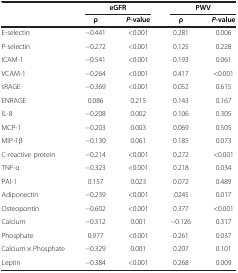
<table><thead><tr><td>[EMPTY_CELL]</td><td colspan="2"><b>eGFR</b></td><td colspan="2"><b>PWV</b></td></tr><tr><td>[EMPTY_CELL]</td><td><b>ρ</b></td><td><b><i>P</i>-value</b></td><td><b>ρ</b></td><td><b><i>P</i>-value</b></td></tr></thead><tbody><tr><td>E-selectin</td><td>−0.441</td><td>&lt;0.001</td><td>0.281</td><td>0.006</td></tr><tr><td>P-selectin</td><td>−0.272</td><td>&lt;0.001</td><td>0.125</td><td>0.228</td></tr><tr><td>ICAM-1</td><td>−0.541</td><td>&lt;0.001</td><td>0.193</td><td>0.061</td></tr><tr><td>VCAM-1</td><td>−0.264</td><td>&lt;0.001</td><td>0.417</td><td>&lt;0.001</td></tr><tr><td>sRAGE</td><td>−0.369</td><td>&lt;0.001</td><td>0.052</td><td>0.615</td></tr><tr><td>ENRAGE</td><td>0.086</td><td>0.215</td><td>0.143</td><td>0.167</td></tr><tr><td>IL-8</td><td>−0.208</td><td>0.002</td><td>0.106</td><td>0.305</td></tr><tr><td>MCP-1</td><td>−0.203</td><td>0.003</td><td>0.069</td><td>0.505</td></tr><tr><td>MIP-1β</td><td>−0.130</td><td>0.061</td><td>0.185</td><td>0.073</td></tr><tr><td>C-reactive protein</td><td>−0.214</td><td>&lt;0.001</td><td>0.272</td><td>&lt;0.001</td></tr><tr><td>TNF-α</td><td>−0.323</td><td>&lt;0.001</td><td>0.218</td><td>0.034</td></tr><tr><td>PAI-1</td><td>0.157</td><td>0.023</td><td>0.072</td><td>0.489</td></tr><tr><td>Adiponectin</td><td>−0.239</td><td>&lt;0.001</td><td>.0245</td><td>0.017</td></tr><tr><td>Osteopontin</td><td>−0.602</td><td>&lt;0.001</td><td>0.377</td><td>&lt;0.001</td></tr><tr><td>Calcium</td><td>−0.312</td><td>0.001</td><td>−0.126</td><td>0.317</td></tr><tr><td>Phosphate</td><td>0.977</td><td>&lt;0.001</td><td>0.261</td><td>0.037</td></tr><tr><td>Calcium × Phosphate</td><td>−0.329</td><td>0.001</td><td>0.207</td><td>0.101</td></tr><tr><td>Leptin</td><td>−0.384</td><td>&lt;0.001</td><td>0.268</td><td>0.009</td></tr></tbody></table>